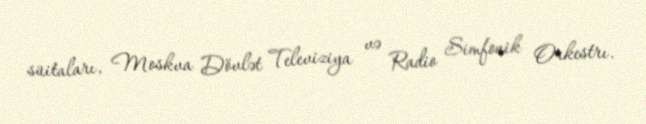
süitaları, Moskva Dövlət Televiziya və Radio Simfonik Orkestrı.